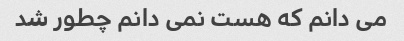
می دانم که هست نمی دانم چطور شد